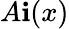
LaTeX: A\mathbf{i}(x)